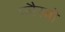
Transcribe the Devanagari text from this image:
प्लैस्बो